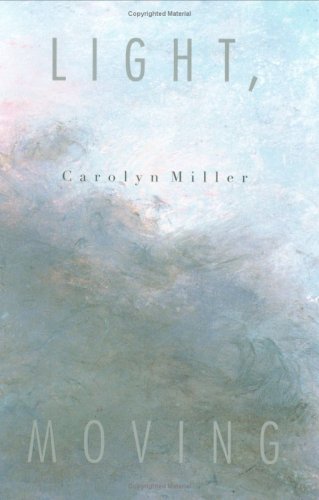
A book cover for Light, Moving; Carolyn Miller; Literature & Fiction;